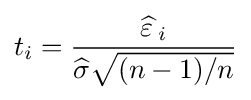
t_{i}={{\widehat {\varepsilon \,}}_{i} \over {\widehat {\sigma }}{\sqrt {(n-1)/n}}}